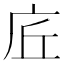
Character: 𢇹